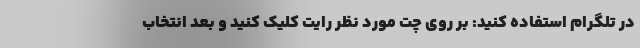
در تلگرام استفاده کنید: بر روی چت مورد نظر رایت کلیک کنید و بعد انتخاب